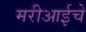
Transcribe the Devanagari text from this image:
मरीआईचे